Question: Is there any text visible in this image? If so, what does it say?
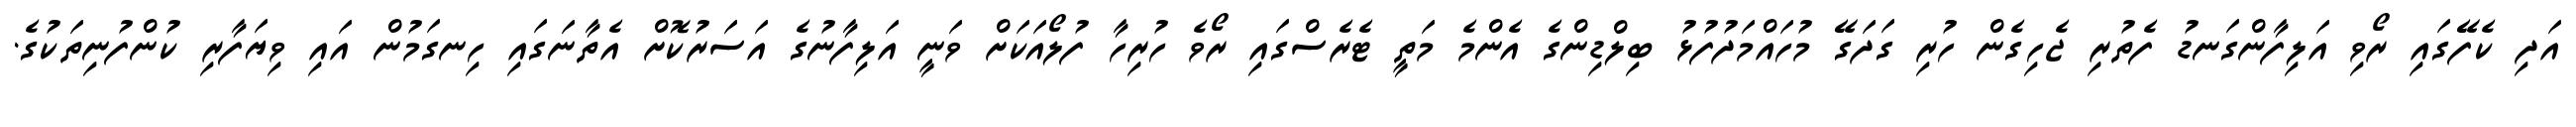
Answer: އަދި ކެފޭގައި ރޯވި އަލިފާންގަނޑު ފެތުރި ޖެހިގެން ހުރި ގަދަގޭ މުހައްމަދުފުޅު ބިލްޑިންގެ އެންމެ މަތީ ޓެރެސްގައި ރޯވެ ހުރިހާ ފުލޯއަކަށް ވަނީ އަލިފާނުގެ އަސަރުކޮށް އެތާނަގައި ހިނގަމުން އައި ވިޔަފާރި ކުންފުނިތަކުގެ.